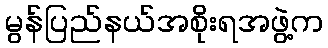
မွန်ပြည်နယ်အစိုးရအဖွဲ့က